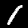
Label: 1